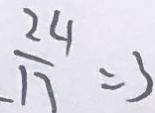
\frac { 2 4 } { 1 7 } = 3